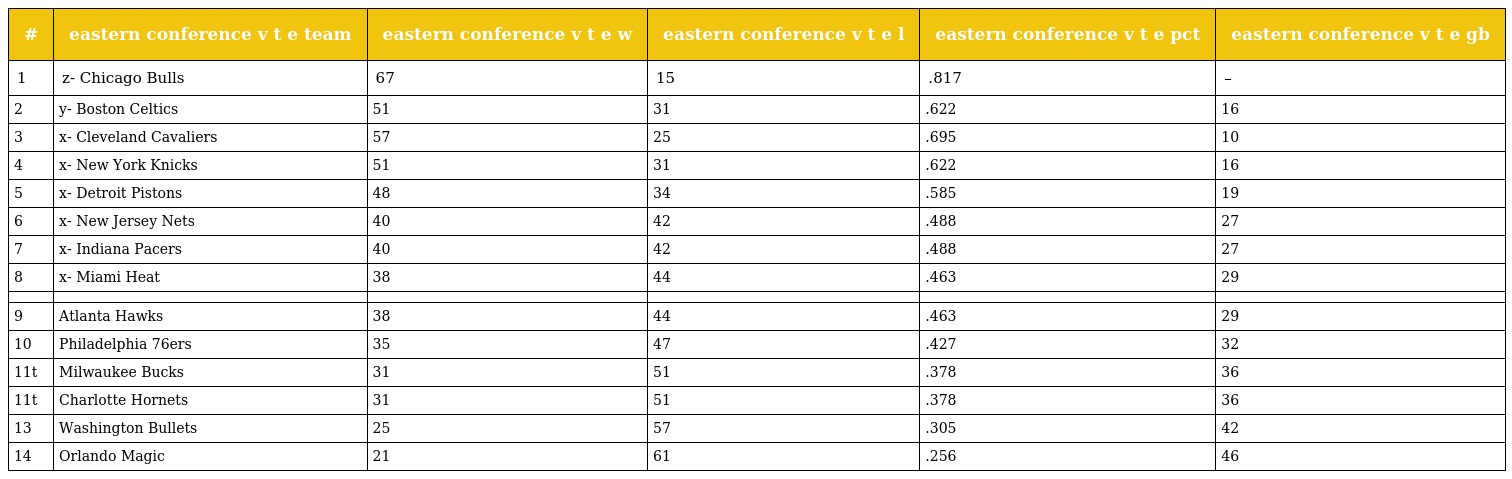
| # | eastern conference v t e team | eastern conference v t e w | eastern conference v t e l | eastern conference v t e pct | eastern conference v t e gb |
 | --- | --- | --- | --- | --- | --- |
 | 1 | z- Chicago Bulls | 67 | 15 | .817 | – |
 | 2 | y- Boston Celtics | 51 | 31 | .622 | 16 |
 | 3 | x- Cleveland Cavaliers | 57 | 25 | .695 | 10 |
 | 4 | x- New York Knicks | 51 | 31 | .622 | 16 |
 | 5 | x- Detroit Pistons | 48 | 34 | .585 | 19 |
 | 6 | x- New Jersey Nets | 40 | 42 | .488 | 27 |
 | 7 | x- Indiana Pacers | 40 | 42 | .488 | 27 |
 | 8 | x- Miami Heat | 38 | 44 | .463 | 29 |
 |  |  |  |  |  |  |
 | 9 | Atlanta Hawks | 38 | 44 | .463 | 29 |
 | 10 | Philadelphia 76ers | 35 | 47 | .427 | 32 |
 | 11t | Milwaukee Bucks | 31 | 51 | .378 | 36 |
 | 11t | Charlotte Hornets | 31 | 51 | .378 | 36 |
 | 13 | Washington Bullets | 25 | 57 | .305 | 42 |
 | 14 | Orlando Magic | 21 | 61 | .256 | 46 |